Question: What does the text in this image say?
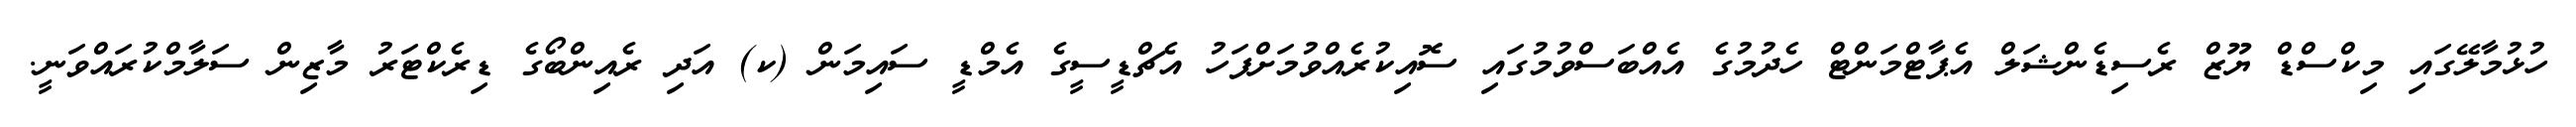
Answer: ހުޅުމާލޭގައި މިކްސްޑް ޔޫޒް ރެސިޑެންޝަލް އެޕާޓްމަންޓް ހެދުމުގެ އެއްބަސްވުމުގައި ސޮއިކުރެއްވުމަށްފަހު އެޗްޑީސީގެ އެމްޑީ ސައިމަން (ކ) އަދި ރެއިންބޯގެ ޑިރެކްޓަރު މާޒިން ސަލާމްކުރައްވަނީ.